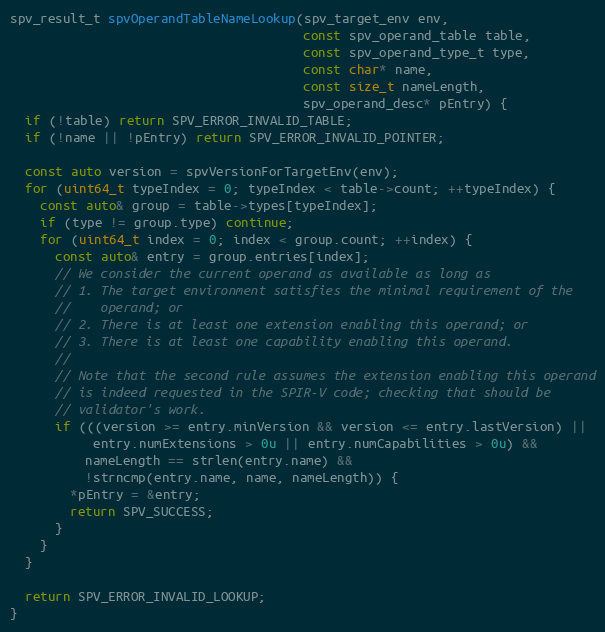
Language: C++
spv_result_t spvOperandTableNameLookup(spv_target_env env,
                                       const spv_operand_table table,
                                       const spv_operand_type_t type,
                                       const char* name,
                                       const size_t nameLength,
                                       spv_operand_desc* pEntry) {
  if (!table) return SPV_ERROR_INVALID_TABLE;
  if (!name || !pEntry) return SPV_ERROR_INVALID_POINTER;

  const auto version = spvVersionForTargetEnv(env);
  for (uint64_t typeIndex = 0; typeIndex < table->count; ++typeIndex) {
    const auto& group = table->types[typeIndex];
    if (type != group.type) continue;
    for (uint64_t index = 0; index < group.count; ++index) {
      const auto& entry = group.entries[index];
      // We consider the current operand as available as long as
      // 1. The target environment satisfies the minimal requirement of the
      //    operand; or
      // 2. There is at least one extension enabling this operand; or
      // 3. There is at least one capability enabling this operand.
      //
      // Note that the second rule assumes the extension enabling this operand
      // is indeed requested in the SPIR-V code; checking that should be
      // validator's work.
      if (((version >= entry.minVersion && version <= entry.lastVersion) ||
           entry.numExtensions > 0u || entry.numCapabilities > 0u) &&
          nameLength == strlen(entry.name) &&
          !strncmp(entry.name, name, nameLength)) {
        *pEntry = &entry;
        return SPV_SUCCESS;
      }
    }
  }

  return SPV_ERROR_INVALID_LOOKUP;
}